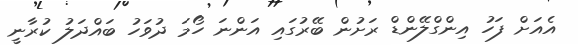
އެއަށް ފަހު އިންގްލޭންޑް ރަށުން ބޭރުގައި އަންނަ ހޯމަ ދުވަހު ބައްދަލު ކުރާނީ